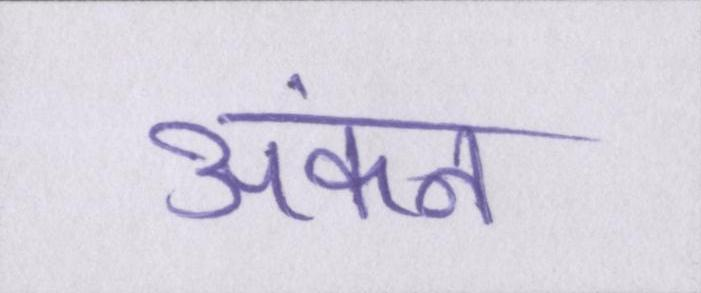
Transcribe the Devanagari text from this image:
अंकन